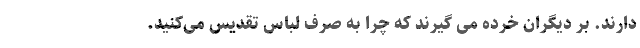
دارند. بر دیگران خرده می گیرند که چرا به صرف لباس تقدیس می‌کنید.